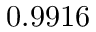
\boldsymbol { 0 . 9 9 1 6 }